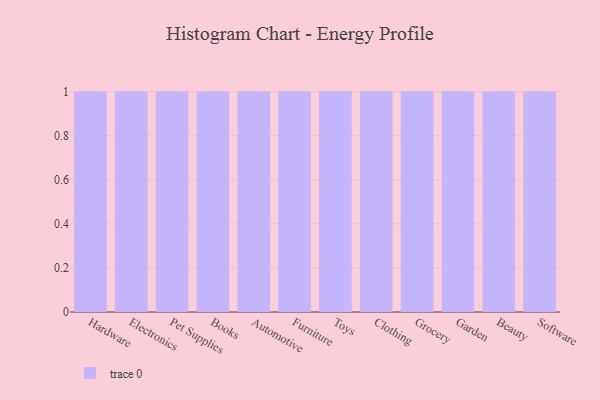
{"axis": {"x": "Category", "y": "Humidity (%)"}, "legend": [""], "data": [{"x": "Hardware", "y": 65, "type": ""}, {"x": "Electronics", "y": 40, "type": ""}, {"x": "Pet Supplies", "y": 7, "type": ""}, {"x": "Books", "y": 17, "type": ""}, {"x": "Automotive", "y": 18, "type": ""}, {"x": "Furniture", "y": 72, "type": ""}, {"x": "Toys", "y": 50, "type": ""}, {"x": "Clothing", "y": 14, "type": ""}, {"x": "Grocery", "y": 82, "type": ""}, {"x": "Garden", "y": 52, "type": ""}, {"x": "Beauty", "y": 95, "type": ""}, {"x": "Software", "y": 62, "type": ""}]}